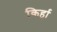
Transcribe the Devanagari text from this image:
किर्हा